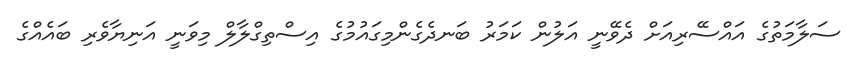
ސަލާމަތުގެ އައްސޭރިއަށް ދެވޭނީ އަލުން ކަމަރު ބަނދެގެންމިގައުމުގެ އިސްތިގްލާލް މިވަނީ އަނިޔާވެރި ބައެއްގެ